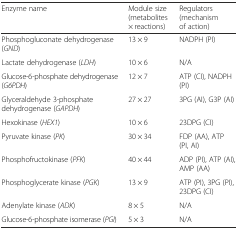
| Enzyme name | Module size (metabolites × reactions) | Regulators (mechanism of action) |
 | --- | --- | --- |
 | Phosphogluconate dehydrogenase (GND) | 13 × 9 | NADPH (PI) |
 | Lactate dehydrogenase (LDH) | 10 × 6 | N/A |
 | Glucose-6-phosphate dehydrogenase (G6PDH) | 12 × 7 | ATP (CI), NADPH (PI) |
 | Glyceraldehyde 3-phosphate dehydrogenase (GAPDH) | 27 × 27 | 3PG (AI), G3P (AI) |
 | Hexokinase (HEX1) | 10 × 6 | 23DPG (CI) |
 | Pyruvate kinase (PK) | 30 × 34 | FDP (AA), ATP (PI, AI) |
 | Phosphofructokinase (PFK) | 40 × 44 | ADP (PI), ATP (AI), AMP (AA) |
 | Phosphoglycerate kinase (PGK) | 13 × 9 | ATP (PI), 3PG (PI), 23DPG (CI) |
 | Adenylate kinase (ADK) | 8 × 5 | N/A |
 | Glucose-6-phosphate isomerase (PGI) | 5 × 3 | N/A |